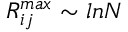
R _ { i j } ^ { m a x } \sim l n N